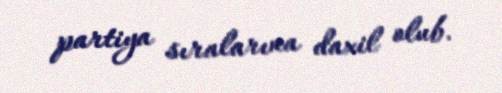
partiya sıralarına daxil olub.